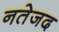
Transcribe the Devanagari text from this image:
नतेजद